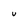
Character: v